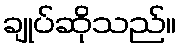
ချုပ်ဆိုသည်။